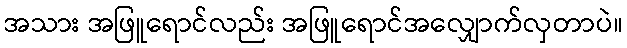
အသား အဖြူရောင်လည်း အဖြူရောင်အလျှောက်လှတာပဲ။